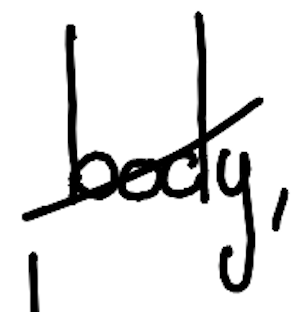
Text: body,
Cross-out: diagonal
Writing tool: digital_black